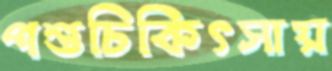
পশুচিকিৎসায়